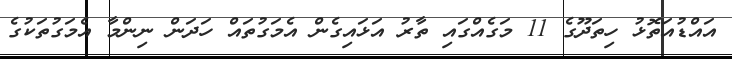
އައްޑުއަތޮޅު ހިތަދޫގެ 11 މަގެއްގައި ތާރު އަޅައިގެން އެމަގުތައް ހަދަން ނިންމާ އެމަގުތަކުގެ